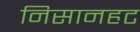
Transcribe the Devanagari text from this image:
निसानहट